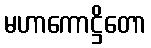
မဟာကောဋ္ဌိတော